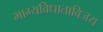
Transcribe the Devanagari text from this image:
भाग्यविधाताविजय